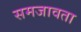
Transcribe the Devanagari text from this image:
समजावता